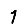
Digit: 1